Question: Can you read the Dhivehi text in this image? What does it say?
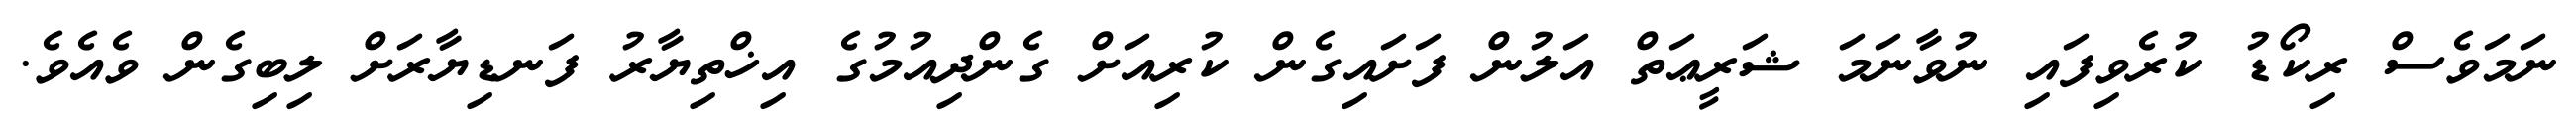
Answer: ނަމަވެސް ރިކޯޑު ކުރެވިފައި ނުވާނަމަ ޝަރީޢަތް އަލުން ފަށައިގެން ކުރިއަށް ގެންދިއުމުގެ އިޚްތިޔާރު ފަނޑިޔާރަށް ލިބިގެން ވެއެވެ.